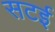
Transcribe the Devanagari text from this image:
सटई